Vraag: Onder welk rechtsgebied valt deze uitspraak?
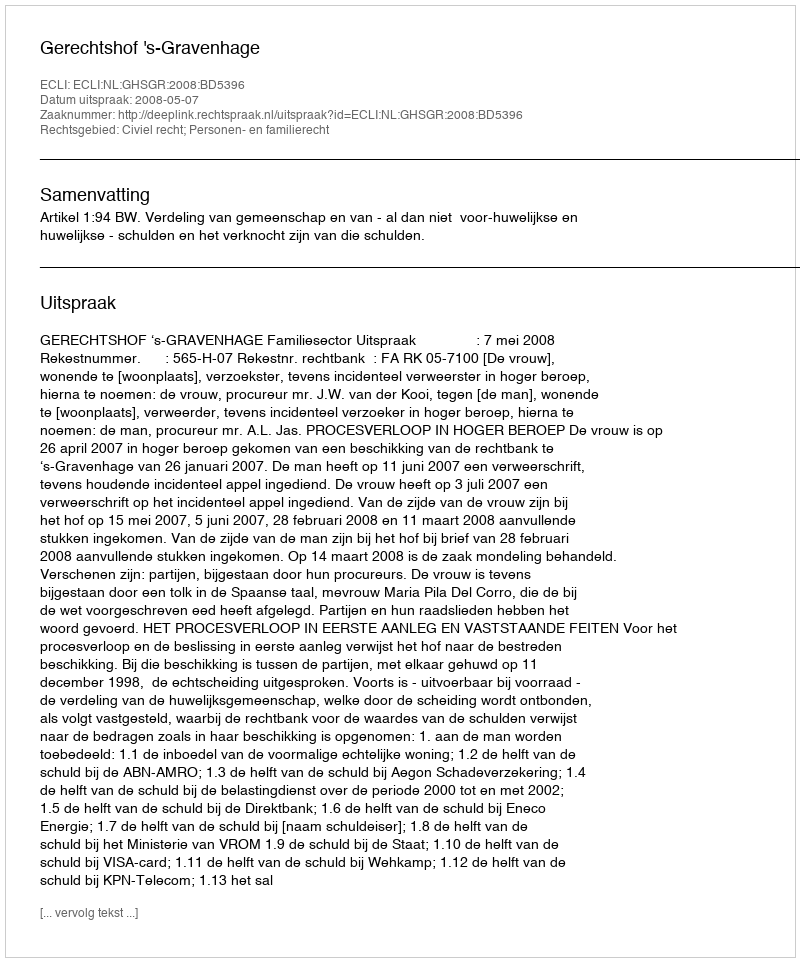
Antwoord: Civiel recht; Personen- en familierecht